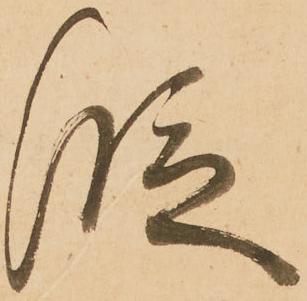
段